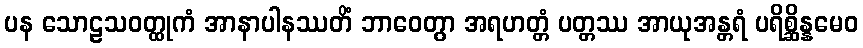
ပန သောဠသဝတ္ထုကံ အာနာပါနဿတိံ ဘာဝေတွာ အရဟတ္တံ ပတ္တဿ အာယုအန္တရံ ပရိစ္ဆိန္နမေဝ